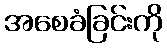
အစေခံခြင်းကို